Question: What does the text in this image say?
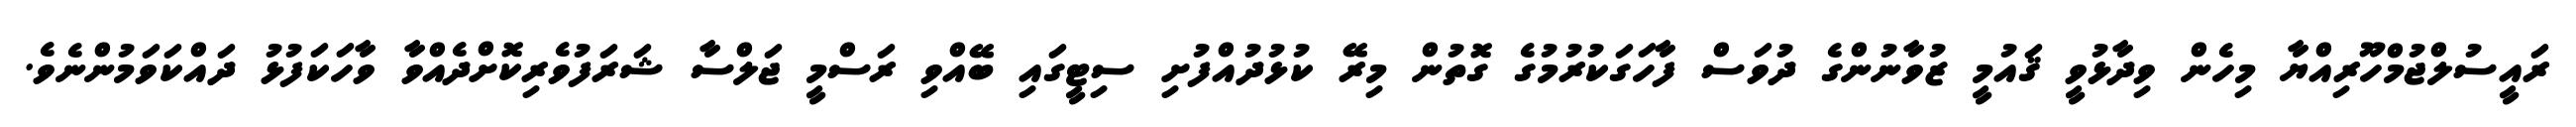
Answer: ރައީސުލްޖުމްހޫރިއްޔާ މިހެން ވިދާޅުވީ ޤައުމީ ޒުވާނުންގެ ދުވަސް ފާހަގަކުރުމުގެ ގޮތުން މިރޭ ކުޅުދުއްފުށި ސިޓީގައި ބޭއްވި ރަސްމީ ޖަލްސާ ޝަރަފުވެރިކޮށްދެއްވާ ވާހަކަފުޅު ދައްކަވަމުންނެވެ.